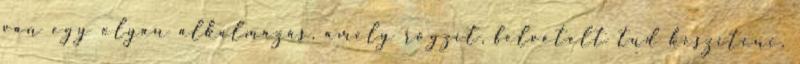
van egy olyan alkalmazás, amely rögzít, felvételt tud készíteni.